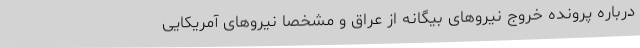
درباره پرونده خروج نیروهای بیگانه از عراق و مشخصا نیروهای آمریکایی